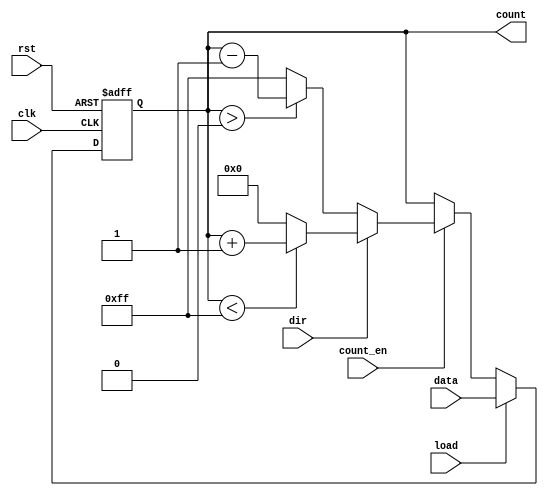
module SynchronousLoadCounter (
    input wire clk,          // Clock signal
    input wire rst,          // Reset signal (active high)
    input wire load,         // Load signal (active high)
    input wire [7:0] data,   // Data input for loading the counter
    input wire count_en,     // Count enable signal (active high)
    input wire dir,          // Direction signal (1 for up, 0 for down)
    output reg [7:0] count   // Current count value
);

    // Define the maximum count value for wrapping
    parameter MAX_COUNT = 8'hFF; // 255 for an 8-bit counter
    parameter MIN_COUNT = 8'h00;  // 0 for an 8-bit counter

    // Always block triggered on the rising edge of the clock
    always @(posedge clk or posedge rst) begin
        if (rst) begin
            // Reset the counter to zero
            count <= MIN_COUNT;
        end else if (load) begin
            // Load the specified value into the counter
            count <= data;
        end else if (count_en) begin
            // Count up or down based on the direction signal
            if (dir) begin
                // Count up
                if (count < MAX_COUNT) begin
                    count <= count + 1;
                end else begin
                    count <= MIN_COUNT; // Wrap around to zero
                end
            end else begin
                // Count down
                if (count > MIN_COUNT) begin
                    count <= count - 1;
                end else begin
                    count <= MAX_COUNT; // Wrap around to max value
                end
            end
        end
    end

endmodule